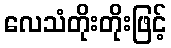
လေသံတိုးတိုးဖြင့်